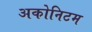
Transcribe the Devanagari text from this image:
अकोनिटम